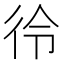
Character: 彾